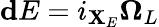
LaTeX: \mathbf{d}E=i_{\mathbf{X}_{E}}\mathbf{\Omega}_{L}